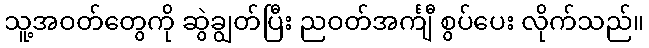
သူ့အဝတ်တွေကို ဆွဲချွတ်ပြီး ညဝတ်အင်္ကျီ စွပ်ပေး လိုက်သည်။